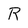
Character: R